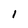
Character: 1